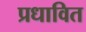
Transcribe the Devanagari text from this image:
प्रधावित